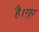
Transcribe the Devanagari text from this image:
है।गुप्त